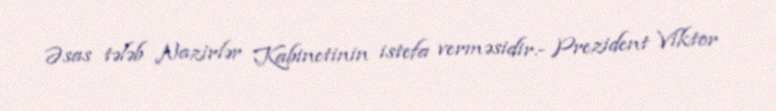
Əsas tələb Nazirlər Kabinetinin istefa verməsidir.- Prezident Viktor